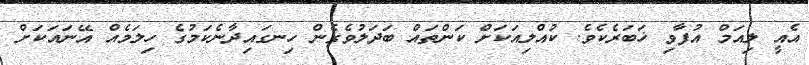
އެއީ ލިއަމް އުފާވި ޚަބަރެކެވެ. ކުއްލިއަކަށް ކަންތައް ބަދަލުވެގެން ހިނގައިދާނެކަމުގެ ހިލަމެއް އޭނައަކަށް